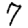
Digit: 7